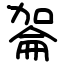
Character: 嗧